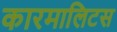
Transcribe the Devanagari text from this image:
कारमालिटस